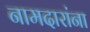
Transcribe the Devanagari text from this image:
नामदारांना